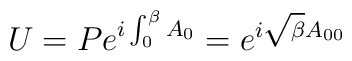
U = P e^{i \int_0^\beta A_0} = e^{i\sqrt{\beta}A_{00}}